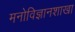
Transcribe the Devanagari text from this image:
मनोविज्ञानशाखा